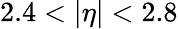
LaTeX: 2.4<|\eta|<2.8